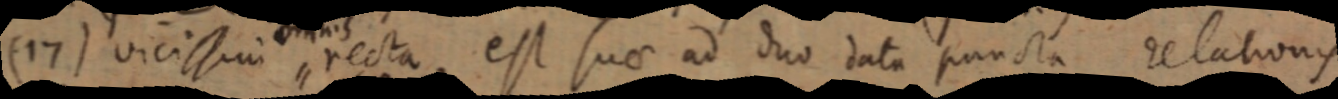
(17) vicissim recta, est suae ad duo data puncta relationis